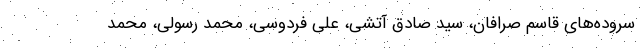
سروده‌های قاسم صرافان، سید صادق آتشی، علی فردوسی، محمد رسولی، محمد